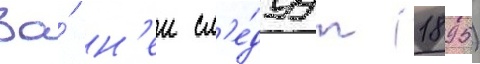
За́ н'еи сл'е́дуут (1895)